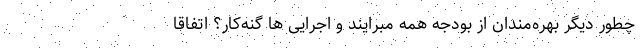
چطور دیگر بهره‌مندان از بودجه همه مبرایند و اجرایی ها گنه‌کار؟ اتفاقا